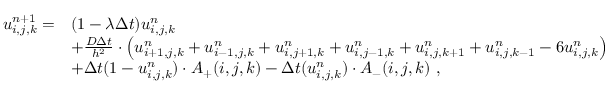
\begin{array} { r l } { u _ { i , j , k } ^ { n + 1 } = } & { ( 1 - \lambda \Delta t ) u _ { i , j , k } ^ { n } } \\ & { + \frac { D \Delta t } { h ^ { 2 } } \cdot \left( u _ { i + 1 , j , k } ^ { n } + u _ { i - 1 , j , k } ^ { n } + u _ { i , j + 1 , k } ^ { n } + u _ { i , j - 1 , k } ^ { n } + u _ { i , j , k + 1 } ^ { n } + u _ { i , j , k - 1 } ^ { n } - 6 u _ { i , j , k } ^ { n } \right) } \\ & { + \Delta t ( 1 - u _ { i , j , k } ^ { n } ) \cdot A _ { + } ( i , j , k ) - \Delta t ( u _ { i , j , k } ^ { n } ) \cdot A _ { - } ( i , j , k ) \ , } \end{array}